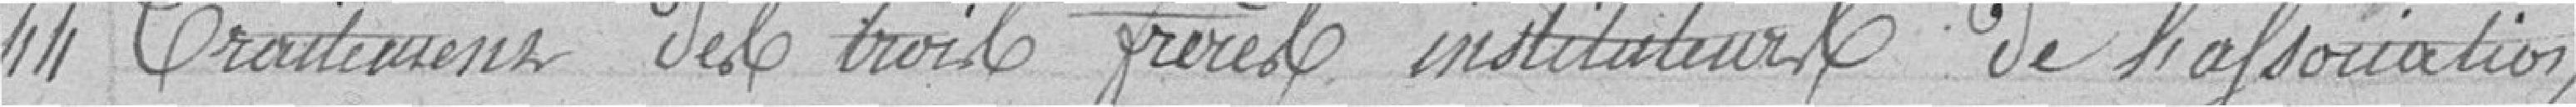
44 Traitement des trois frères instituteurs de l'association